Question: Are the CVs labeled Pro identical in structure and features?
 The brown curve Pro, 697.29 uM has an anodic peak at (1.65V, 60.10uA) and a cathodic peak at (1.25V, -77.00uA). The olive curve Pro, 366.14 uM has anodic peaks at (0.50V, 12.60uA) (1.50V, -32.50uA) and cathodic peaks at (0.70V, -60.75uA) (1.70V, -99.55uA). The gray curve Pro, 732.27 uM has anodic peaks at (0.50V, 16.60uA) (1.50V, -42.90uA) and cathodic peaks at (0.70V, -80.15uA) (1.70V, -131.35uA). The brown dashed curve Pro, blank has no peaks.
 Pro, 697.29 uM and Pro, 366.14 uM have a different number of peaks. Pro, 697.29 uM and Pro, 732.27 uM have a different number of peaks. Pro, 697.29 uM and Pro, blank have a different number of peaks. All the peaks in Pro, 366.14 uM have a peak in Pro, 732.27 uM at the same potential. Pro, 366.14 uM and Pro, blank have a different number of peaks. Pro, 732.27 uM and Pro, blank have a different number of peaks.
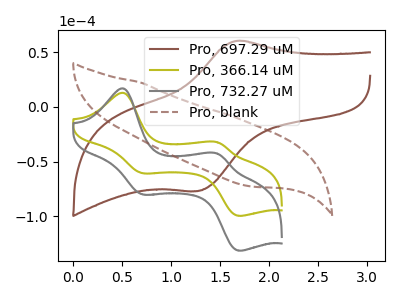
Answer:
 <answer>All the CV's of "Pro" have similar shape.</answer>
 <eval>follow_rule</eval>